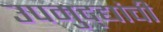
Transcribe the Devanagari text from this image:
उपमुद्द्यांची